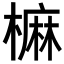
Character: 𣙪